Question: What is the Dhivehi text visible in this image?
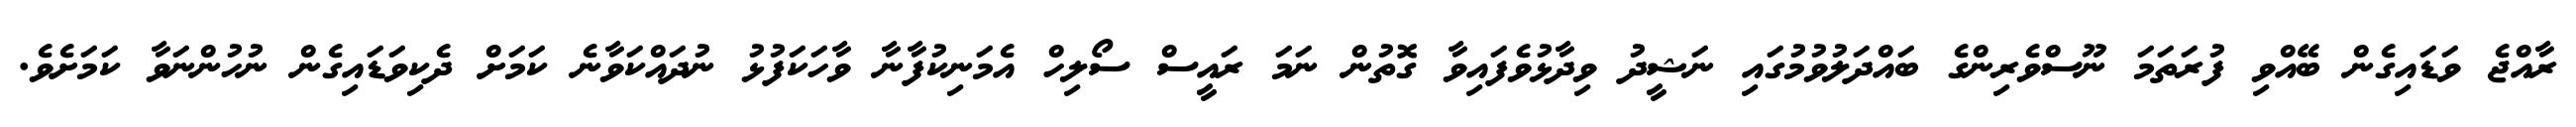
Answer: ރާއްޖެ ވަޑައިގެން ބޭއްވި ފުރަތަމަ ނޫސްވެރިންގެ ބައްދަލުވުމުގައި ނަޝީދު ވިދާޅުވެފައިވާ ގޮތުން ނަމަ ރައީސް ސޯލިހް އެމަނިކުފާނާ ވާހަކަފުޅު ނުދައްކަވާނެ ކަމަށް ދެކިވަޑައިގެން ނުހުންނަވާ ކަމަށެވެ.